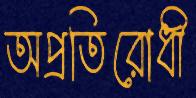
অপ্রতিরোধী